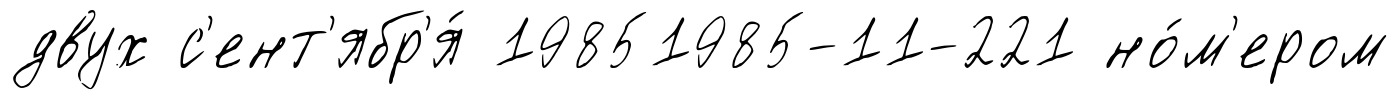
двух с'ент'ябр'я́ 19851985-11-221 но́м'ером